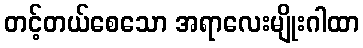
တင့်တယ်စေသော အရာလေးမျိုးဂါထာ